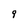
Character: g